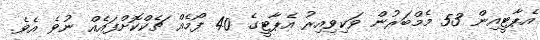
އެޕާޓީއިން 53 މެމްބަރުން ވަކިވިއިރު އެޕާޓީގެ 40 ފޯމެއް ޗެކްކޮށްފައެއް ނުވެ އެވެ.